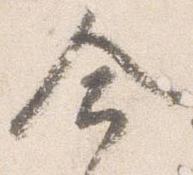
命